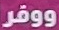
ووفر